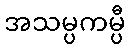
အသမ္ပကမ္ပီ